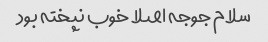
سلام جوجه اصلا خوب نپخته بود